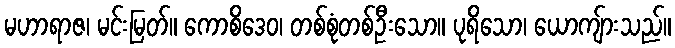
မဟာရာဇ၊ မင်းမြတ်။ ကောစိဒေဝ၊ တစ်စုံတစ်ဦးသော။ ပုရိသော၊ ယောကျ်ားသည်။